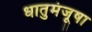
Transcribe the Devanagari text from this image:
धातुमंजूषा